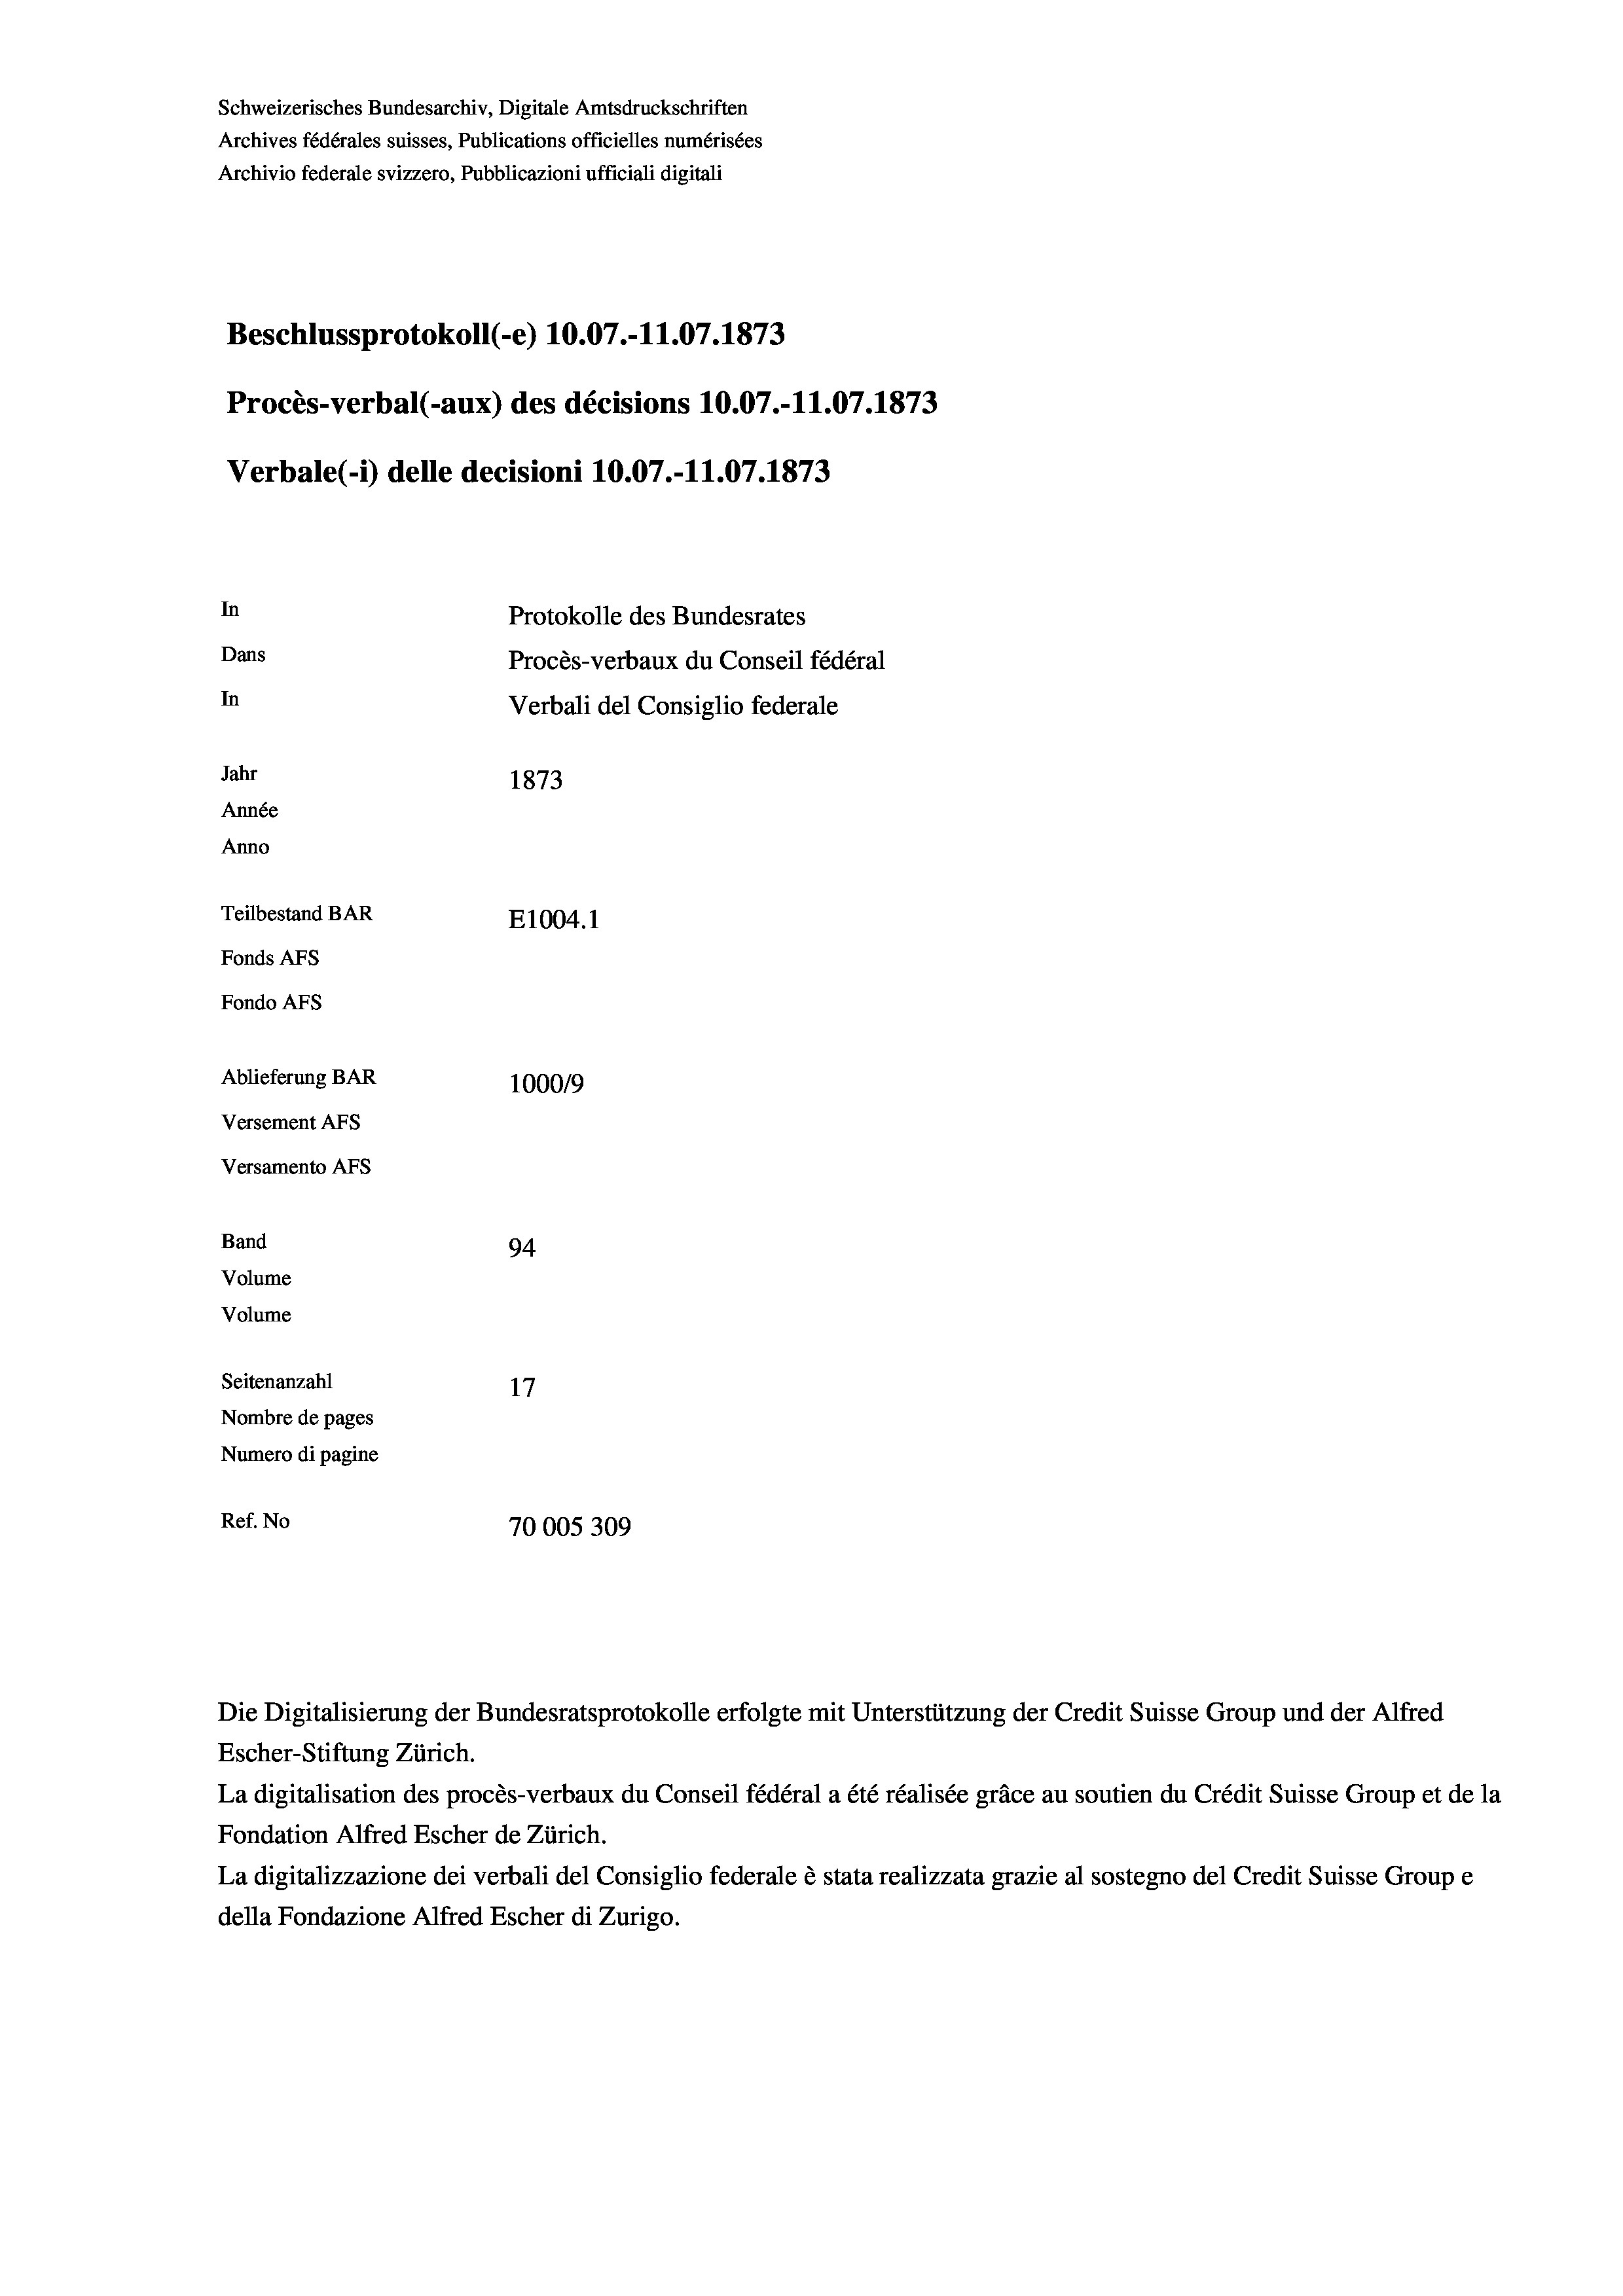
Schweizerisches Bundesarchiv, Digitale Amtsdruckschriften
Archives fédérales suisses, Publications officielles numérisées
Archivio federale svizzero, Pubblicazioni ufficiali digitali
Beschlussprotokoll (-e) 10.07.-11.07. 1873
Procès-verbal (-aux) des décisions 10.07.-11.07. 1873
Verbale(*) delle decisioni 10.07.-11.07. 1873
In
Protokolle des Bundesrates
Dans
Procès-verbaux du Conseil fédéral
In
Verbali del Consiglio federale
Jahr
1873
Année
Anno
Teilbestand BAR
E1004. 1
Fonds AFs
Fondo AFS
Ablieferung BAR
100019
Versement AFs
Versamento AFs

94.
Seitenanzahl
Nombre de pages
Numero di pagine
Ref. No
70005309

Band
Volume
Volume

La digitalisation des procès-verbaux du Conseil fédéral a été réalisée gräce au soutien du Crédit Suisse Group et de la
Fondation Alfred Escher de Zürich.
La digitalizzazione dei verbali del Consiglio federale è stata realizzata grazie al sostegno del Credit Suisse Groupe
della Fondazione Alfred Escher di Zurigo.

Die Digitalisierung der Bundesratsprotokolle erfolgte mit Unterstützung der Credit Suisse Group und der Alfred
Escher-Stiftung Zürich.